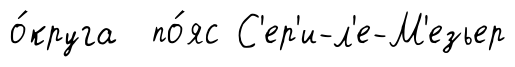
о́круга по́яс С'ер'и-л'е-М'езьер